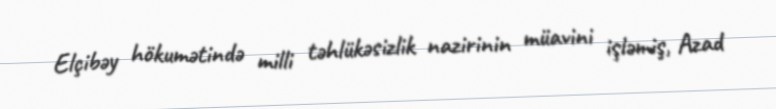
Elçibəy hökumətində milli təhlükəsizlik nazirinin müavini işləmiş, Azad